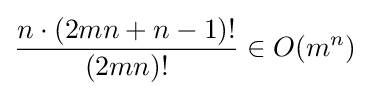
{\frac {n\cdot (2mn+n-1)!}{(2mn)!}}\in O(m^{n})